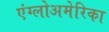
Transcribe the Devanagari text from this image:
एंग्लोअमेरिका